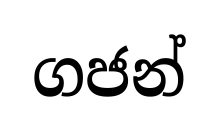
ගජන්